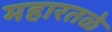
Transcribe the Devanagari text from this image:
महारतळे